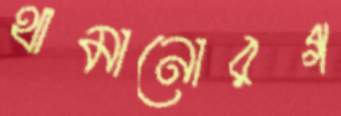
থামানোরগ